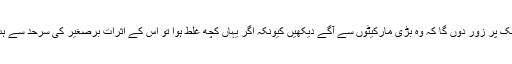
‘عالمی رہنماؤں اور خاص کر طاقت ور ممالک پر زور دوں گا کہ وہ بڑی مارکیٹوں سے آگے دیکھیں کیونکہ اگر یہاں کچھ غلط ہوا تو اس کے اثرات برصغیر کی سرحد سے ہٹ کر بھی ہوں گے اور یہ سنجیدہ مسئلہ ہے۔